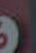
.